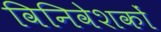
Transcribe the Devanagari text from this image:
विनिवेशकों